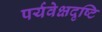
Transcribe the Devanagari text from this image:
पर्यवेक्षदृष्टि